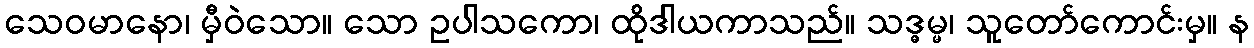
သေဝမာနော၊ မှီဝဲသော။ သော ဥပါသကော၊ ထိုဒါယကာသည်။ သဒ္ဓမ္မ၊ သူတော်ကောင်းမှ။ န